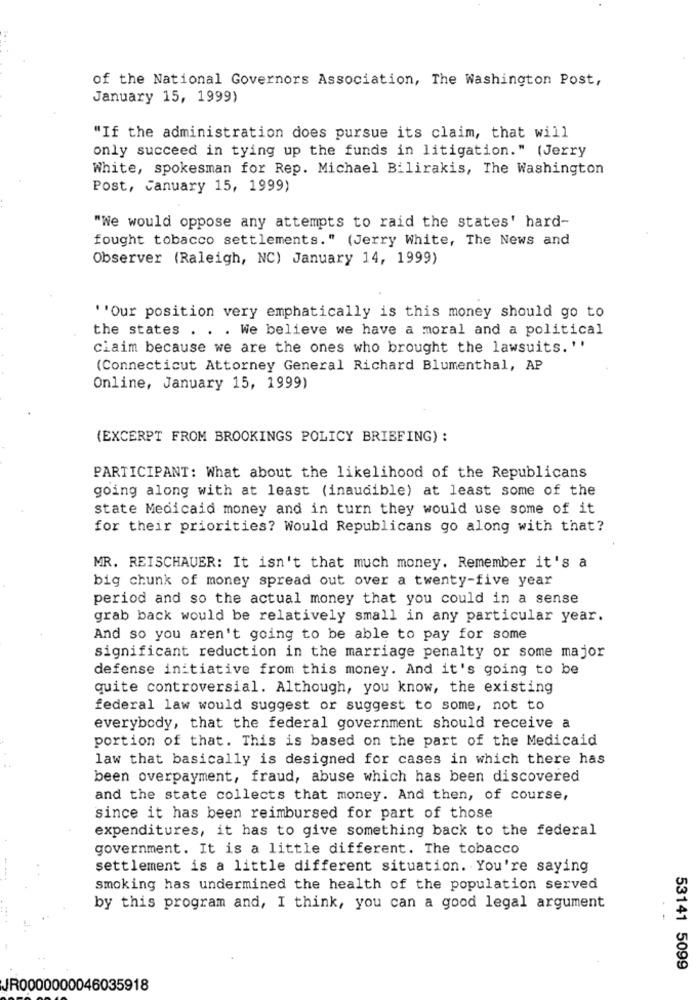
of the National Governors Association, The Washington Post,
January 15, 1999)
"If the administration does pursue its claim, that will
only succeed in tying up the funds in litigation." (Jerry
White, spokesman for Rep. Michael Bilirakis, The Washington
Post, January 15, 1999)
"We would oppose any attempts to raid the states' hard-
fought tobacco settlements." (Jerry White, The News and
Observer (Raleigh, NC) January 14, 1999)
''Our position very emphatically is this money should go to
the states . . . We believe we have a moral and a political
ciaim because we are the ones who brought the lawsuits. ''
(Connecticut Attorney General Richard Blumenthal, AP
Online, January 15, 1999)
(EXCERPT FROM BROOKINGS POLICY BRIEFING) :
PARTICIPANT: What about the likelihood of the Republicans
going along with at least (inaudible) at least some of the
state Medicaid money and in turn they would use some of it
for their priorities? Would Republicans go along with that?
MR. REISCHAUER: It isn't that much money. Remember it's a
big chunk of money spread out over a twenty-five year
period and so the actual money that you could in a sense
grab back would be relatively small in any particular year.
And so you aren't going to be able to pay for some
significant reduction in the marriage penalty or some major
defense initiative from this money. And it's going to be
quite controversial. Although, you know, the existing
federal law would suggest or suggest to some, not to
everybody, that the federal government should receive a
portion of that. This is based on the part of the Medicaid
law that basically is designed for cases in which there has
been overpayment, fraud, abuse which has been discovered
and the state collects that money. And then, of course,
since it has been reimbursed for part of those
expenditures, it has to give something back to the federal
government. It is a little different. The tobacco
settlement is a little different situation. You're saying
----
smoking has undermined the health of the population served
by this program and, I think, you can a good legal argument
53141 5099
JR0000000046035918